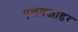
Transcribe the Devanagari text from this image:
एलेक्जांडर